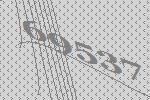
69537